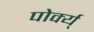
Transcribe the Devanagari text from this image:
पोर्क्य्